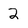
Character: 2